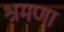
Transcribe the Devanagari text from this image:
श्रमणा